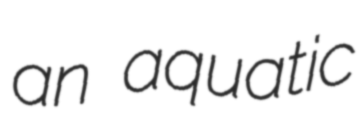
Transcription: an aquatic